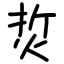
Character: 烲